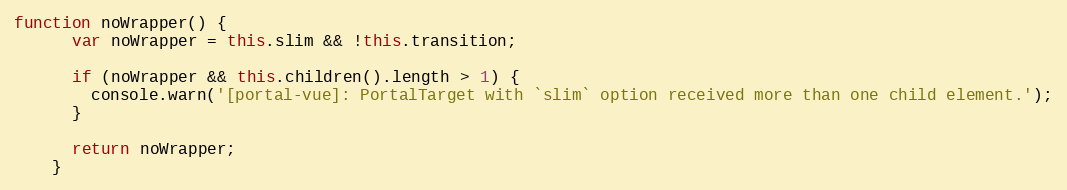
Language: JavaScript
function noWrapper() {
      var noWrapper = this.slim && !this.transition;

      if (noWrapper && this.children().length > 1) {
        console.warn('[portal-vue]: PortalTarget with `slim` option received more than one child element.');
      }

      return noWrapper;
    }